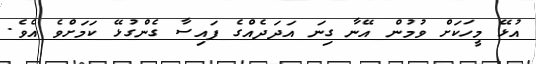
އުޅޭ މީހަކަށް ވުމުން އޭނާ ގިނަ އަދަދެއްގެ ފައިސާ ގެންގުޅޭ ކަމަށްވެ އެވެ.